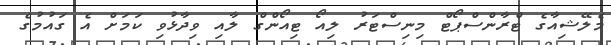
މެލޭޝިއާގެ ޓްރާންސްޕޯޓް މިނިސްޓަރު ލިއޯ ޓިއޯންގް ލާއި ވިދާޅުވި ކަމަށް އެ ގައުމުގެ